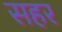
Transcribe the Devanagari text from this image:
सहर